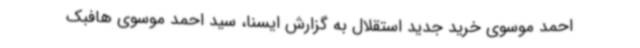
احمد موسوی خرید جدید استقلال به گزارش ایسنا،‌ سید احمد موسوی هافبک